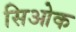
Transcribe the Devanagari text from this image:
सिओक